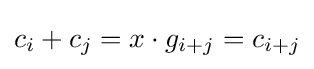
c_{i}+c_{j}=x\cdot g_{i+j}=c_{i+j}